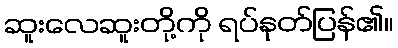
ဆူးလေဆူးတို့ကို ရပ်နုတ်ပြန်၏။